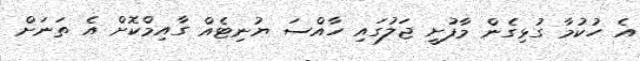
އެ ހުކުމާ ގުޅިގެން މާފުށީ ޖަލުގައި ހާއްސަ ޔުނިޓެއް ގާއިމްކޮށް އެ ތަނަށް